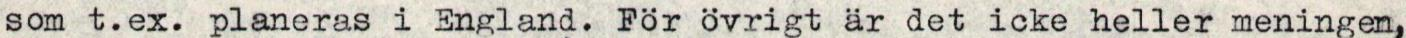
som t.ex. planeras i England. För övrigt är det icke heller meningen,